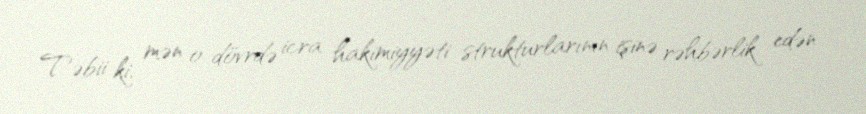
Təbii ki, mən o dövrdə icra hakimiyyəti strukturlarının işinə rəhbərlik edən